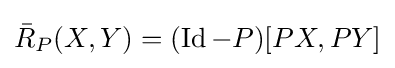
{\bar {R}}_{P}(X,Y)=(\operatorname {Id} -P)[PX,PY]